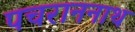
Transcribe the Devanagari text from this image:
पचराननाथ